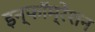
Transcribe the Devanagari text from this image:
इन्फॉम्रेशन